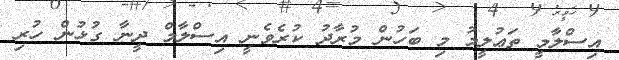
އިސްލާމީ ތަޢުލީމު މި ބަހުން މުރާދު ކުރެވެނީ އިސްލާމް ދީނާ ގުޅުން ހުރި